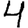
Digit: 4